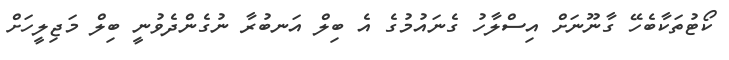
ކޯޓުތަކާބެހޭ ގާނޫނަށް އިސްލާހު ގެނައުމުގެ އެ ބިލް އަނބުރާ ނުގެންދެވުނީ ބިލް މަޖިލީހަށް